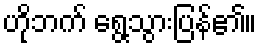
ဟိုဘက် ရွေ့သွားပြန်၏။